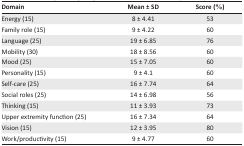
<table><thead><tr><td><b>Domain</b></td><td><b>Mean ± SD</b></td><td><b>Score (%)</b></td></tr></thead><tbody><tr><td>Energy (15)</td><td>8 ± 4.41</td><td>53</td></tr><tr><td>Family role (15)</td><td>9 ± 4.22</td><td>60</td></tr><tr><td>Language (25)</td><td>19 ± 6.85</td><td>76</td></tr><tr><td>Mobility (30)</td><td>18 ± 8.56</td><td>60</td></tr><tr><td>Mood (25)</td><td>15 ± 7.05</td><td>60</td></tr><tr><td>Personality (15)</td><td>9 ± 4.1</td><td>60</td></tr><tr><td>Self-care (25)</td><td>16 ± 7.74</td><td>64</td></tr><tr><td>Social roles (25)</td><td>14 ± 6.98</td><td>56</td></tr><tr><td>Thinking (15)</td><td>11 ± 3.93</td><td>73</td></tr><tr><td>Upper extremity function (25)</td><td>16 ± 7.34</td><td>64</td></tr><tr><td>Vision (15)</td><td>12 ± 3.95</td><td>80</td></tr><tr><td>Work/productivity (15)</td><td>9 ± 4.77</td><td>60</td></tr></tbody></table>